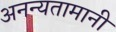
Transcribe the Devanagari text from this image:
अनन्यतामानी